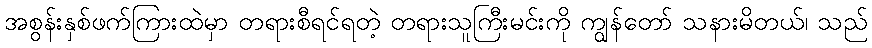
အစွန်းနှစ်ဖက်ကြားထဲမှာ တရားစီရင်ရတဲ့ တရားသူကြီးမင်းကို ကျွန်တော် သနားမိတယ်၊ သည်